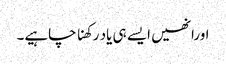
اورانھیں ایسے ہی یاد رکھنا چاہیے۔